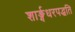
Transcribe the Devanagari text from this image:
शार्ङ्गधरपद्धति